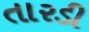
તારડી